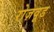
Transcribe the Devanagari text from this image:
रोज़वूड